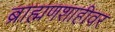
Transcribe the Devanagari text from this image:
ब्राह्मणशाहीवर